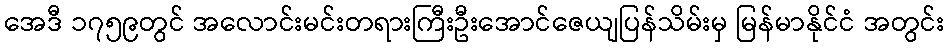
အေဒီ ၁၇၅၉တွင် အလောင်းမင်းတရားကြီးဦးအောင်ဇေယျပြန်သိမ်းမှ မြန်မာနိုင်ငံ အတွင်း